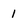
Character: 1